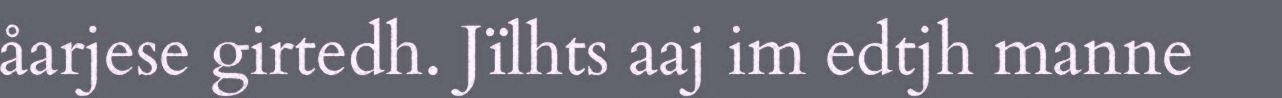
åarjese girtedh. Jïlhts aaj im edtjh manne